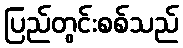
ပြည်တွင်းစစ်သည်